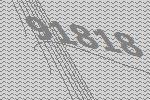
91818